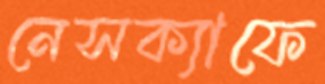
নেসক্যাফে